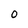
Character: 0